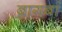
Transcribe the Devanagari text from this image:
बागबां